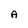
Character: A